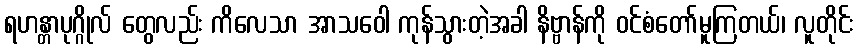
ရဟန္တာပုဂ္ဂိုလ် တွေလည်း ကိလေသာ အာသဝေါ ကုန်သွားတဲ့အခါ နိဗ္ဗာန်ကို ဝင်စံတော်မူကြတယ်၊ လူတိုင်း